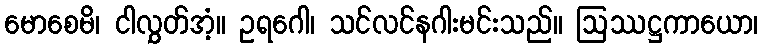
မောစေမိ၊ ငါလွှတ်အံ့။ ဥရဂေါ၊ သင်လင်နဂါးမင်းသည်။ ဩဿဋ္ဌကာယော၊